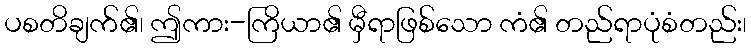
ပစတိချက်၏၊ ဤကား-ကြိယာ၏ မှီရာဖြစ်သော ကံ၏ တည်ရာပုံစံတည်း၊